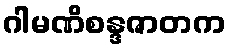
ဂါမဏိစန္ဒဇာတက